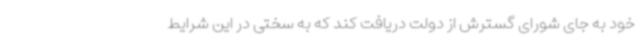
خود به جای شورای گسترش از دولت دریافت کند که به سختی در این شرایط